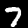
Label: 7